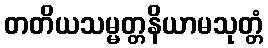
တတိယသမ္မတ္တနိယာမသုတ္တံ